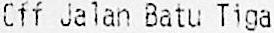
OFF JALAN BATU TIGA